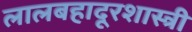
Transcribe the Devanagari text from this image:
लालबहादूरशास्त्री